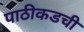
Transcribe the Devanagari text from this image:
पाठीकडची